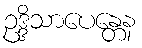
ဥဒ္ဒိသာပေန္တေန